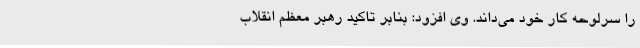
را سرلوحه کار خود می‌داند. وی افزود: بنابر تاکید رهبر معظم انقلاب